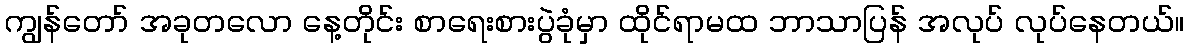
ကျွန်တော် အခုတလော နေ့တိုင်း စာရေးစားပွဲခုံမှာ ထိုင်ရာမထ ဘာသာပြန် အလုပ် လုပ်နေတယ်။